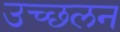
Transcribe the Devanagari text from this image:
उच्छलन